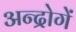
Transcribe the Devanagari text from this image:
अन्द्रोगें